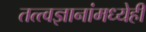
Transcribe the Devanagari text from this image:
तत्त्वज्ञानांमध्येही